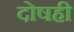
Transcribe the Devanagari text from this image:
दोषही